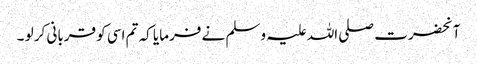
آنحضرت صلی اللہ علیہ وسلم نے فرمایا کہ تم اسی کو قربانی کر لو ۔